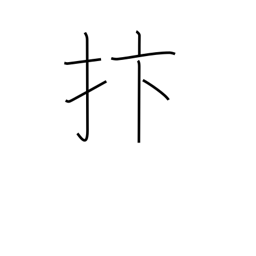
Meaning: strike with hand